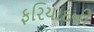
ફરિયાદની